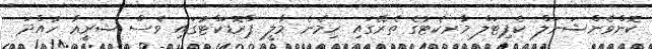
ކޮންވެންޝަނަލް ކެޕިޓަލް މާރކެޓުގެ ތެރޭގައި ހިމެނެ މާލީ ޕްރޮޑަކްޓުގައި ވެސް ޝަރީޢާ ހުއްދަ